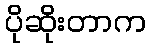
ပိုဆိုးတာက